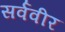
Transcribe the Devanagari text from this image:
सर्ववीर